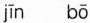
jīn bō